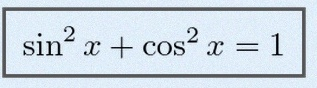
\sin^2x+\cos^2x=1